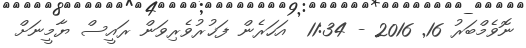
ނޮވެމްބަރު 16